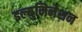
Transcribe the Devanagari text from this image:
इल्युमिनेशन